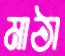
মাঠা